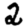
Digit: 2